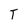
Character: T